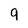
Character: 9